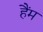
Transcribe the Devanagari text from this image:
हैंम